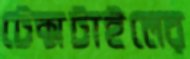
টেক্সটাইলের